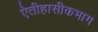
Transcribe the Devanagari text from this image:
ऐतीहासीकभाग